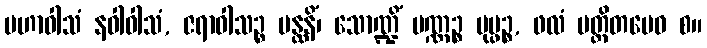
မဟာဝါသံ နဝါဝါသံ, ဇရာဝါသဉ္စ ပန္ထနိံ၊ သောဏ္ဍိံ ပဏ္ဏဉ္စ ပုပ္ဖဉ္စ, ဖလံ ပတ္ထိတမေဝ စ။